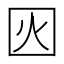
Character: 𡇂